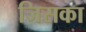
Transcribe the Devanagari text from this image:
जिसका